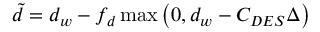
\tilde { d } = d _ { w } - f _ { d } \operatorname* { m a x } \left( 0 , d _ { w } - C _ { D E S } \Delta \right)